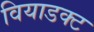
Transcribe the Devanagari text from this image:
वियाडक्ट